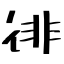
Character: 徘